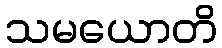
သမယောတိ